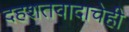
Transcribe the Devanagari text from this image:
दहशतवादाचेही